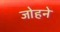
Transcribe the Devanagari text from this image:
जोहने